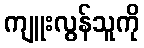
ကျူးလွန်သူကို